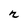
Character: n